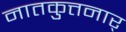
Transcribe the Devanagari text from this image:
नातकुत्तनार्